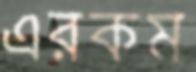
এরকম